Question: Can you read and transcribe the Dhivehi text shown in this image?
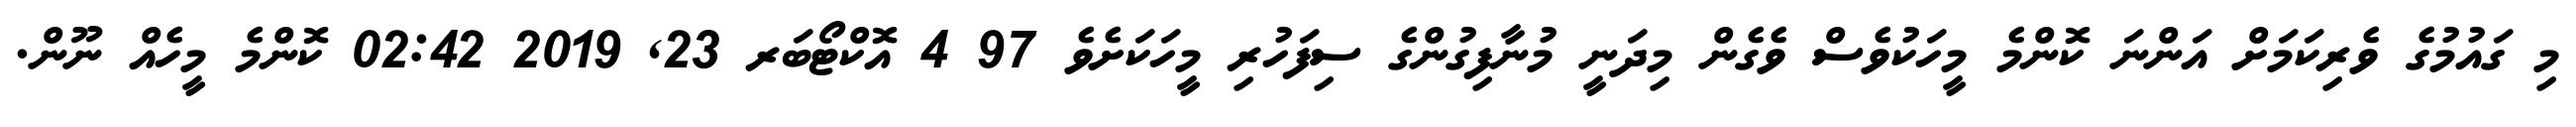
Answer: މި ގައުމުގެ ވެރިކަމަށް އަންނަ ކޮންމެ މީހަކުވެސް ވެގެން މިދަނީ މުނާފިގުންގެ ސިފަހުރި މީހަކަށެވެ 97 4 އޮކްޓޯބަރ 23, 2019 02:42 ކޮންމެ މީހެއް ނޫން.